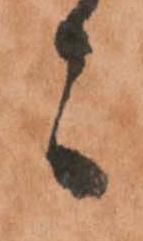
々